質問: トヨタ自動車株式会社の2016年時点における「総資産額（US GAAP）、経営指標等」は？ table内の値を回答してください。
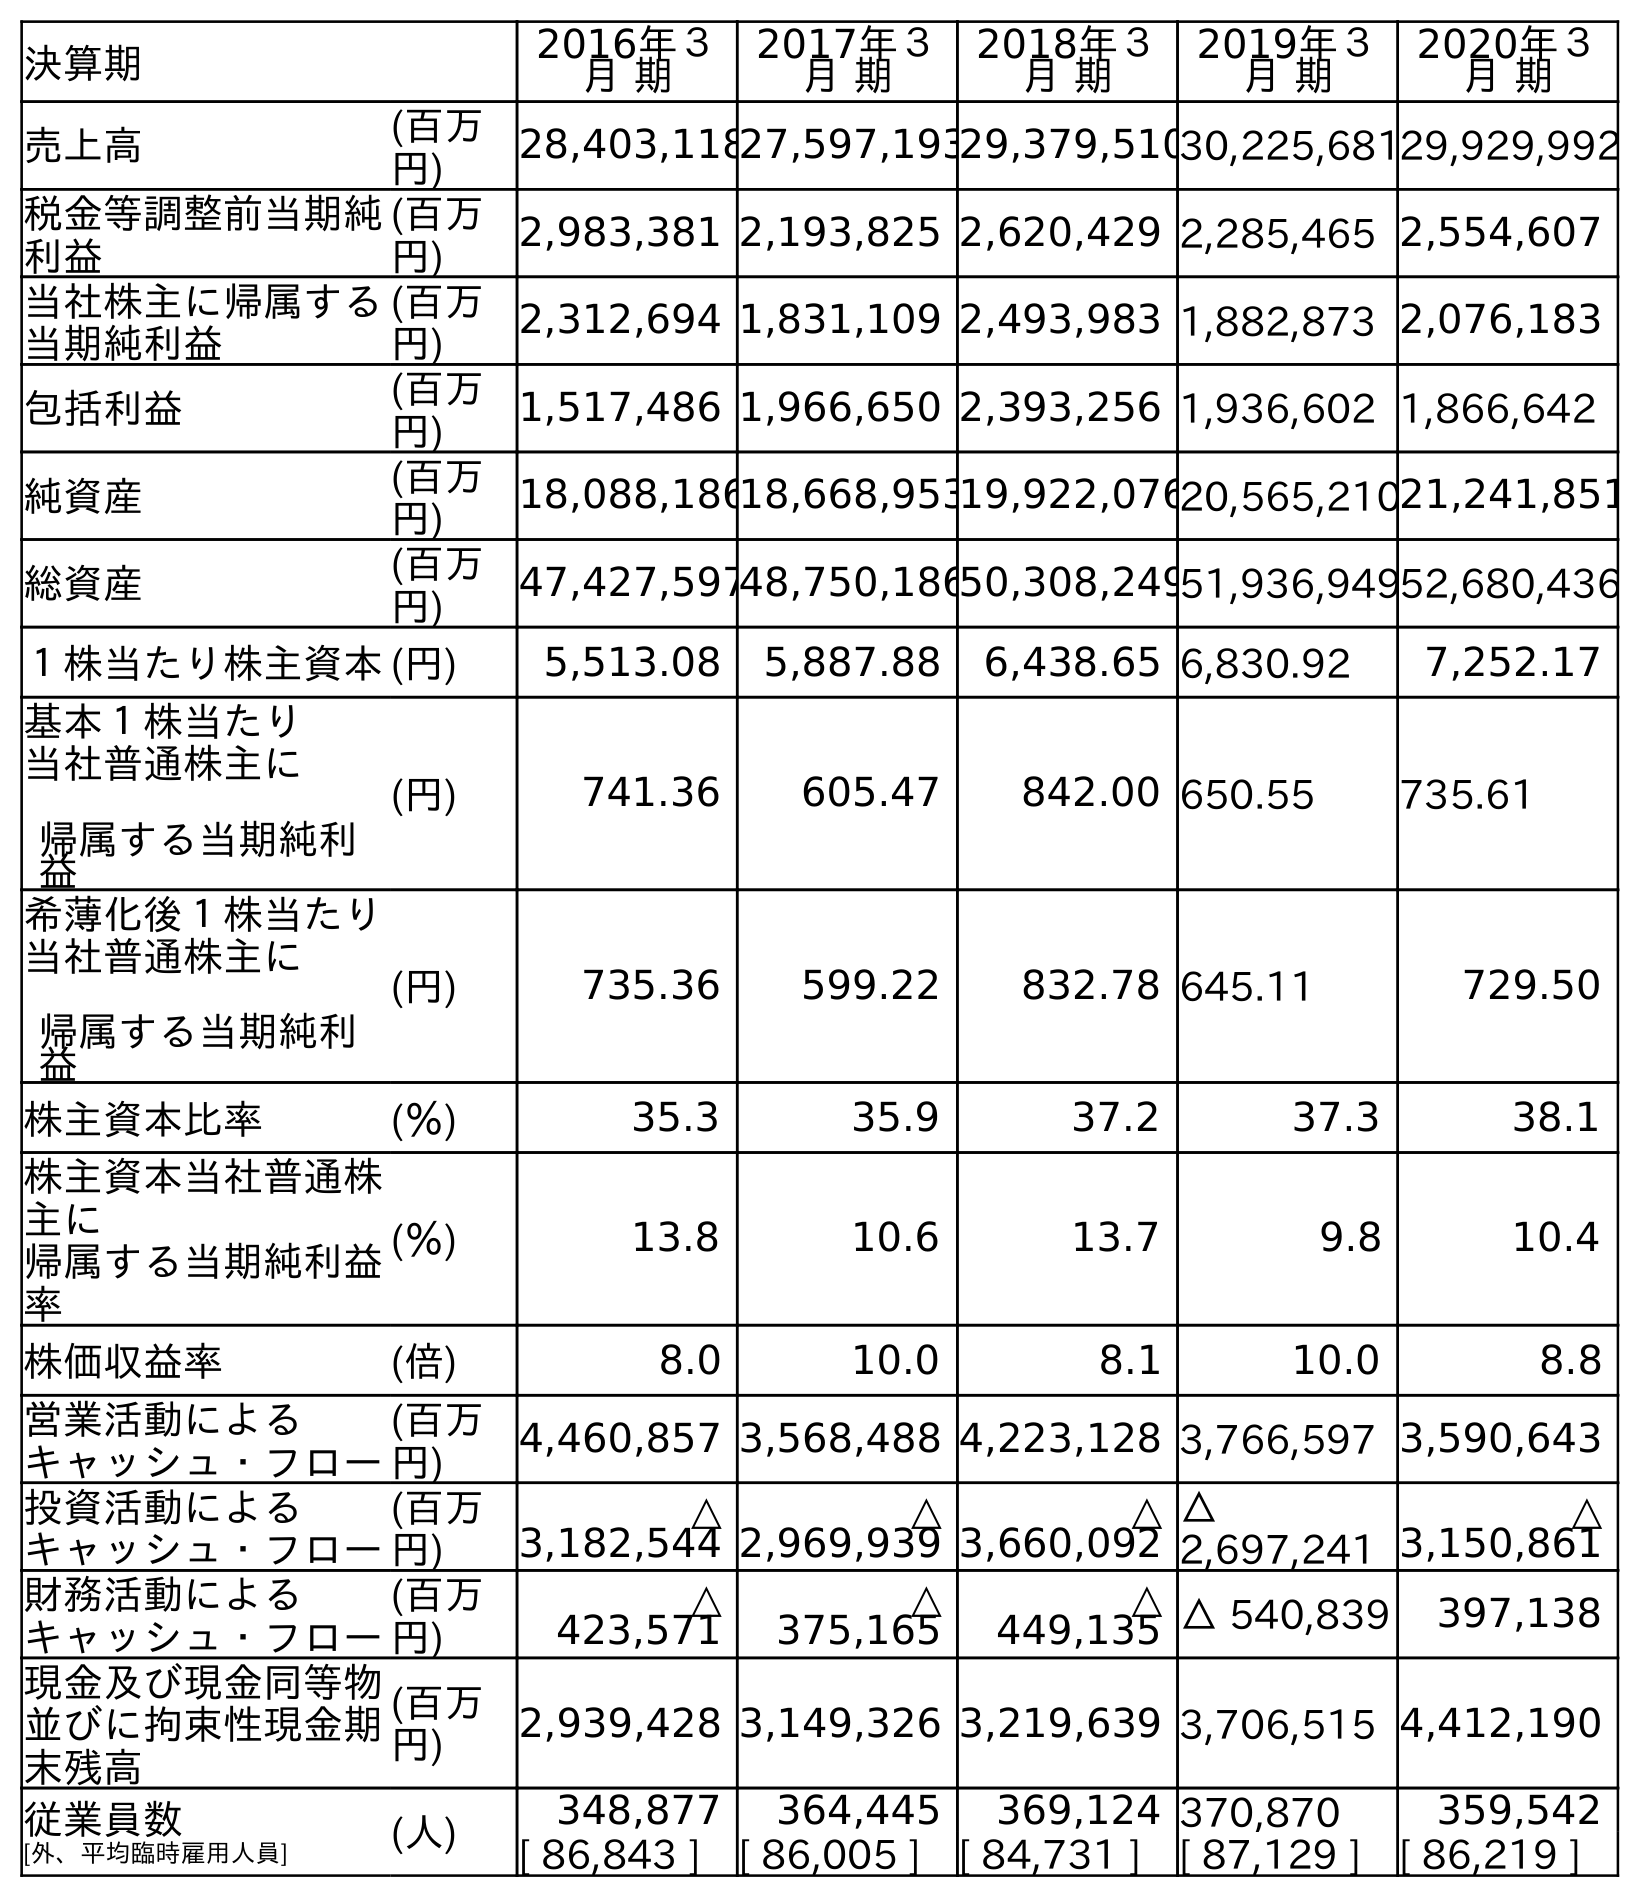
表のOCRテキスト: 決算期 2016年３ 月 期 2017年３ 月 期 2018年３ 月 期 2019年３ 月 期 2020年３ 月 期 売上高 (百万 円) 28,403,11827,597,19329,379,51030,225,68129,929,992 税金等調整前当期純 利益 (百万 円) 2,983,381 2,193,825 2,620,429 2,285,465 2,554,607 当社株主に帰属する 当期純利益 (百万 円) 2,312,694 1,831,109 2,493,983 1,882,873 2,076,183 包括利益 (百万 円) 1,517,486 1,966,650 2,393,256 1,936,602 1,866,642 純資産 (百万 円) 18,088,18618,668,95319,922,07620,565,21021,241,851 総資産 (百万 円) 47,427,59748,750,18650,308,24951,936,94952,680,436 １株当たり株主資本(円) 5,513.08 5,887.88 6,438.65 6,830.92 7,252.17 基本１株当たり 当社普通株主に 帰属する当期純利 益 (円) 741.36 605.47 842.00 650.55 735.61 希薄化後１株当たり 当社普通株主に 帰属する当期純利 益 (円) 735.36 599.22 832.78 645.11 729.50 株主資本比率 (％) 35.3 35.9 37.2 37.3 38.1 株主資本当社普通株 主に 帰属する当期純利益 率 (％) 13.8 10.6 13.7 9.8 10.4 株価収益率 (倍) 8.0 10.0 8.1 10.0 8.8 営業活動による キャッシュ・フロー (百万 円) 4,460,857 3,568,488 4,223,128 3,766,597 3,590,643 投資活動による キャッシュ・フロー (百万 円) △ 3,182,544 △ 2,969,939 △ 3,660,092 △ 2,697,241 △ 3,150,861 財務活動による キャッシュ・フロー (百万 円) △ 423,571 △ 375,165 △ 449,135 △ 540,839 397,138 現金及び現金同等物 並びに拘束性現金期 末残高 (百万 円) 2,939,428 3,149,326 3,219,639 3,706,515 4,412,190 従業員数 [外、平均臨時雇用人員] (人) 348,877 364,445 369,124 370,870 359,542 [ 86,843 ] [ 86,005 ] [ 84,731 ] [ 87,129 ] [ 86,219 ]
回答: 47,427,597